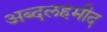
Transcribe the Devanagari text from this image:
अब्दलहमीद